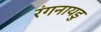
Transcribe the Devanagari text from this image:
रंगनायडु